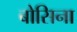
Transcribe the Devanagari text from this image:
बोसिना